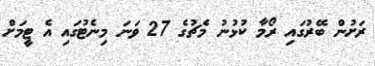
ރަށުން ބޭރުގައި ރޯމާ ކުޅުނު މެޗުގެ 27 ވަނަ މިނެޓުގައި އެ ޓީމަށް